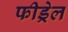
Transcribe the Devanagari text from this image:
फीड्रेल